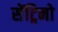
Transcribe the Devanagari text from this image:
सेंट्रिनो